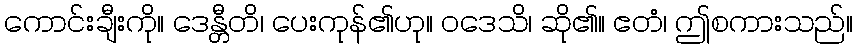
ကောင်းချီးကို။ ဒေန္တီတိ၊ ပေးကုန်၏ဟု။ ဝဒေသိ၊ ဆို၏။ ဧတံ၊ ဤစကားသည်။